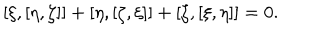
[ \xi , [ \eta , \zeta ] ] + [ \eta , [ \zeta , \xi ] ] + [ \zeta , [ \xi , \eta ] ] = 0 .